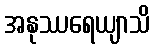
အနုဿရေယျာသိ